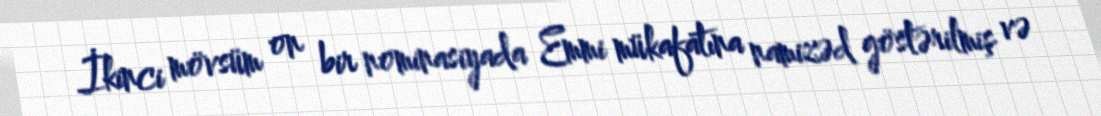
İkinci mövsüm on bir nominasiyada Emmi mükafatına namizəd göstərilmiş və